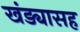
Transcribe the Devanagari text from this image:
खंड्यासह